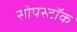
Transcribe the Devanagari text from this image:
सोपस्टॉक